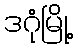
ဒဂုံမြို့